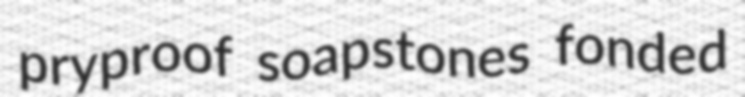
pryproof soapstones fonded